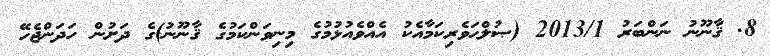
8. ޤާނޫނު ނަންބަރު 2013/1 (ޞުލްޙަވެރިކަމާއެކު އެއްވެއުޅުމުގެ މިނިވަންކަމުގެ ޤާނޫނު)ގެ ދަށުން ހަދަންޖެހޭ